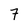
Character: 7